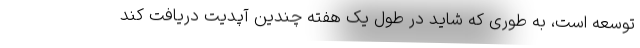
توسعه است،‌ به طوری که شاید در طول یک هفته چندین آپدیت دریافت کند